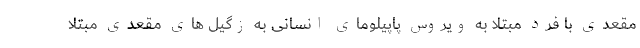
مقعدی با فرد مبتلا به ویروس پاپیلومای انسانی به زگیل های مقعدی مبتلا